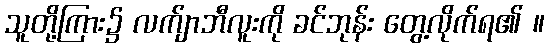
သူတို့ကြား၌ လက်ျာဘီလူးကို ခင်ဘုန်း တွေ့လိုက်ရ၏ ။